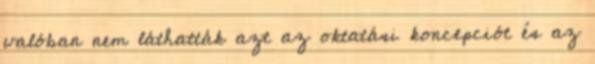
valóban nem láthatták azt az oktatási koncepciót és az